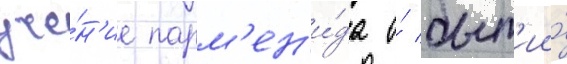
уче́н'ие парм'ен'и́да о́ быт'ии́